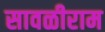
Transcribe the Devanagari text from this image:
सावळीराम